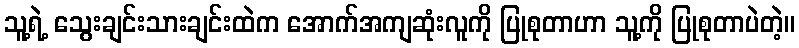
သူ့ရဲ့ သွေးချင်းသားချင်းထဲက အောက်အကျဆုံးလူကို ပြုစုတာဟာ သူ့ကို ပြုစုတာပဲတဲ့။